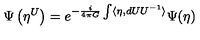
\Psi \left( \eta ^ { U } \right) = e ^ { - \frac { i } { 4 \pi G } \int \langle \eta , d U U ^ { - 1 } \rangle } \Psi ( \eta )